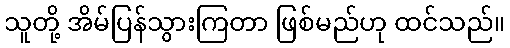
သူတို့ အိမ်ပြန်သွားကြတာ ဖြစ်မည်ဟု ထင်သည်။